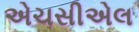
એચસીએલ